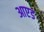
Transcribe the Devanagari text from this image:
आएड